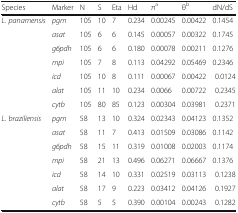
<table><thead><tr><td><b>Species</b></td><td><b>Marker</b></td><td><b>N</b></td><td><b>S</b></td><td><b>Eta</b></td><td><b>Hd</b></td><td><b>π<sup>a</sup></b></td><td><b>θ<sup>b</sup></b></td><td><b>dN/dS</b></td></tr></thead><tbody><tr><td rowspan="7"><i>L. panamensis</i></td><td><i>pgm</i></td><td>105</td><td>10</td><td>7</td><td>0.234</td><td>0.00245</td><td>0.00422</td><td>0.1454</td></tr><tr><td><i>asat</i></td><td>105</td><td>6</td><td>6</td><td>0.145</td><td>0.00057</td><td>0.00322</td><td>0.1745</td></tr><tr><td><i>g6pdh</i></td><td>105</td><td>6</td><td>6</td><td>0.180</td><td>0.00078</td><td>0.00211</td><td>0.1276</td></tr><tr><td><i>mpi</i></td><td>105</td><td>7</td><td>8</td><td>0.113</td><td>0.04292</td><td>0.05469</td><td>0.2346</td></tr><tr><td><i>icd</i></td><td>105</td><td>10</td><td>8</td><td>0.111</td><td>0.00067</td><td>0.00422</td><td> 0.0124</td></tr><tr><td><i>alat</i></td><td>105</td><td>11</td><td>10</td><td>0.234</td><td>0.0066</td><td>0.00722</td><td> 0.2345</td></tr><tr><td><i>cytb</i></td><td>105</td><td>80</td><td>85</td><td>0.123</td><td>0.00304</td><td>0.03981</td><td> 0.2371</td></tr><tr><td rowspan="7"><i>L. braziliensis</i></td><td><i>pgm</i></td><td>58</td><td>13</td><td>10</td><td>0.324</td><td>0.02343</td><td>0.04123</td><td>0.1352</td></tr><tr><td><i>asat</i></td><td>58</td><td>11</td><td>7</td><td>0.413</td><td>0.01509</td><td>0.03086</td><td>0.1142</td></tr><tr><td><i>g6pdh</i></td><td>58</td><td>15</td><td>11</td><td>0.319</td><td>0.01008</td><td>0.02003</td><td>0.1174</td></tr><tr><td><i>mpi</i></td><td>58</td><td>21</td><td>13</td><td>0.496</td><td>0.06271</td><td>0.06667</td><td>0.1376</td></tr><tr><td><i>icd</i></td><td>58</td><td>14</td><td>10</td><td>0.331</td><td>0.02519</td><td>0.03113</td><td> 0.1238</td></tr><tr><td><i>alat</i></td><td>58</td><td>17</td><td>9</td><td>0.223</td><td>0.03412</td><td>0.04126</td><td> 0.1927</td></tr><tr><td><i>cytb</i></td><td>58</td><td>5</td><td>5</td><td>0.390</td><td>0.00104</td><td>0.00243</td><td> 0.1282</td></tr></tbody></table>